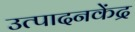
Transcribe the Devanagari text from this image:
उत्पादनकेंद्र